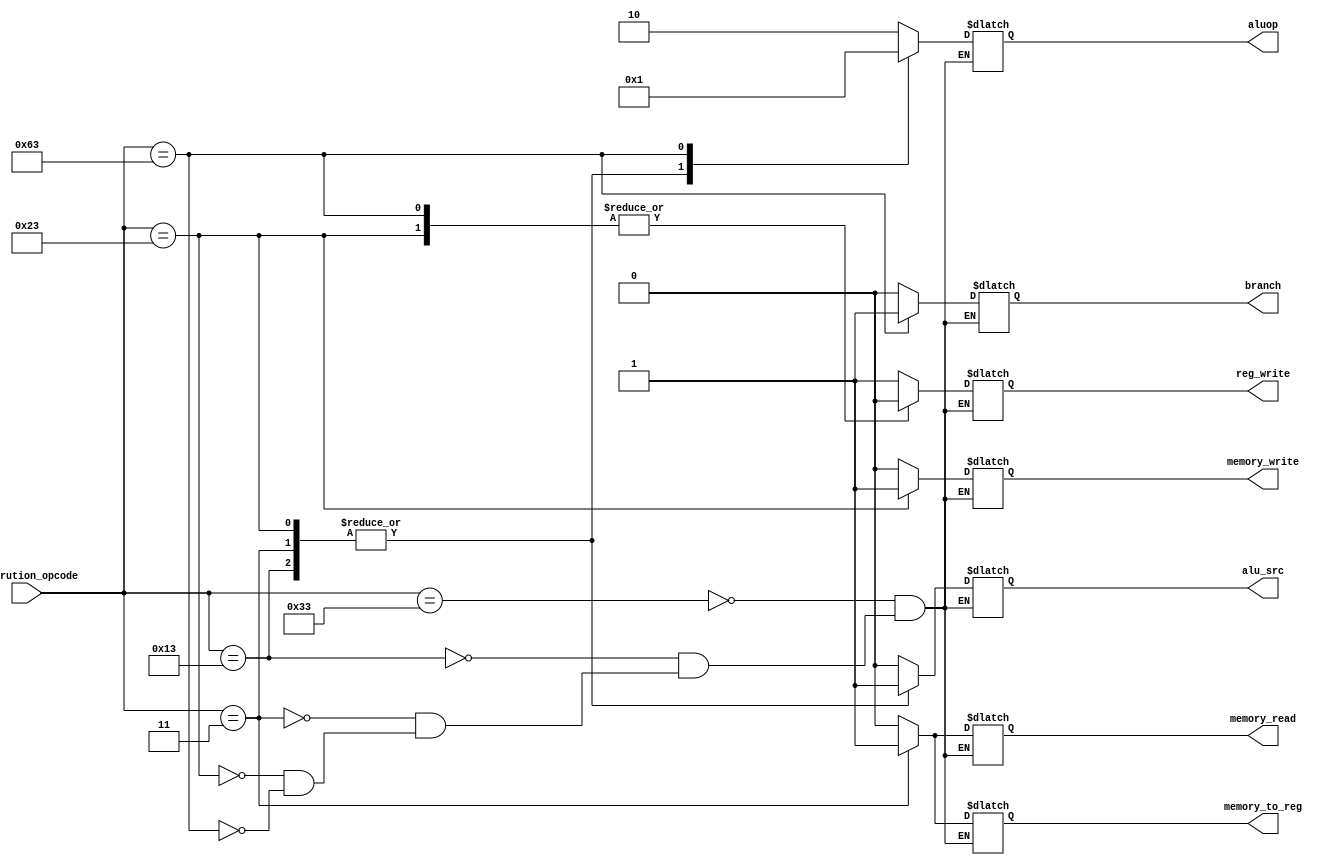
module Control_Unit (
    input wire [6:0]instrution_opcode,
    output reg branch,
    output reg memory_read,
    output reg memory_to_reg,
    output reg [1:0] aluop,
    output reg memory_write,
    output reg alu_src,
    output reg reg_write
);

always @(*) begin
    case (instrution_opcode)
        7'b0110011: begin // R type instruction 
            alu_src = 1'b0;
            memory_to_reg = 1'b0;
            reg_write = 1'b1;
            memory_read = 1'b0;
            memory_write = 1'b0;
            branch = 1'b0;
            aluop = 2'b10;
        end

        7'b0010011: begin // addi instruction 
            alu_src = 1'b1;
            memory_to_reg = 1'b0;
            reg_write = 1'b1;
            memory_read = 1'b0;
            memory_write = 1'b0;
            branch = 1'b0;
            aluop = 2'b00;
        end

        7'b0000011: begin // lw instruction 
            alu_src = 1'b1;
            memory_to_reg = 1'b1;
            reg_write = 1'b1;
            memory_read = 1'b1;
            memory_write = 1'b0;
            branch = 1'b0;
            aluop = 2'b00;
        end

        7'b0100011: begin // sw instruction 
            alu_src = 1'b1;
            memory_to_reg = 1'b0;
            reg_write = 1'b0;
            memory_read = 1'b0;
            memory_write = 1'b1;
            branch = 1'b0;
            aluop = 2'b00;
        end

        7'b1100011: begin // beq instruction 
            alu_src = 1'b0;
            memory_to_reg = 1'b0;
            reg_write = 1'b0;
            memory_read = 1'b0;
            memory_write = 1'b0;
            branch = 1'b1;
            aluop = 2'b01;
        end
    endcase

end
    
endmodule